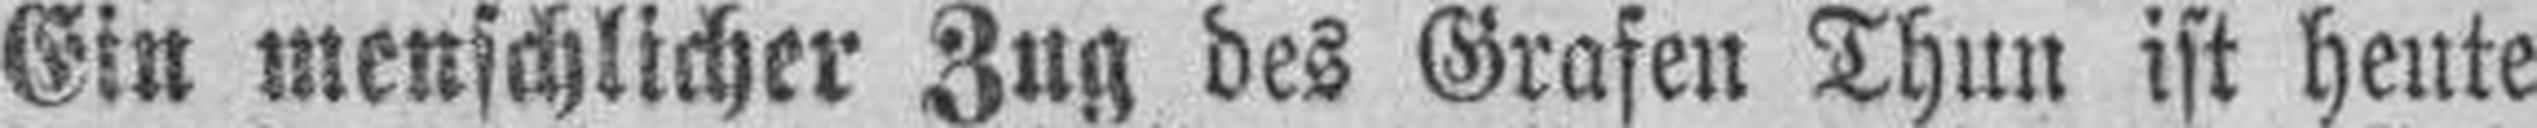
Ein menschlicher Zug des Grasen Thun ist heute